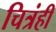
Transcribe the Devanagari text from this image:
चित्रंही